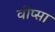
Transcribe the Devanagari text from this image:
वीप्सा